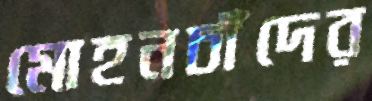
মোহনচাঁদের